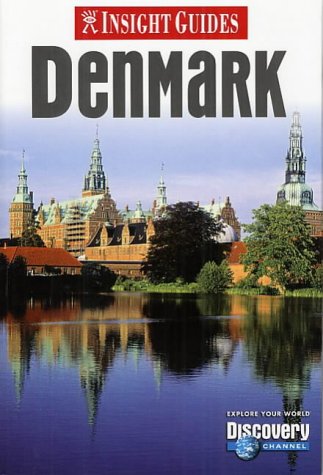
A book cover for Insight Guide Denmark (Insight Guides); Travel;